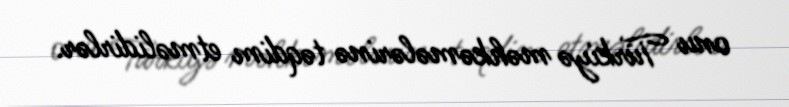
onu Türkiyə məhkəmələrinə təqdim etməlidirlər.